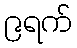
၉ရက်